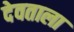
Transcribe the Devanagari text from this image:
देवताला